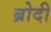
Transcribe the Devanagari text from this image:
ब्रोदी